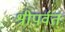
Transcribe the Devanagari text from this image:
श्रीपर्वतः